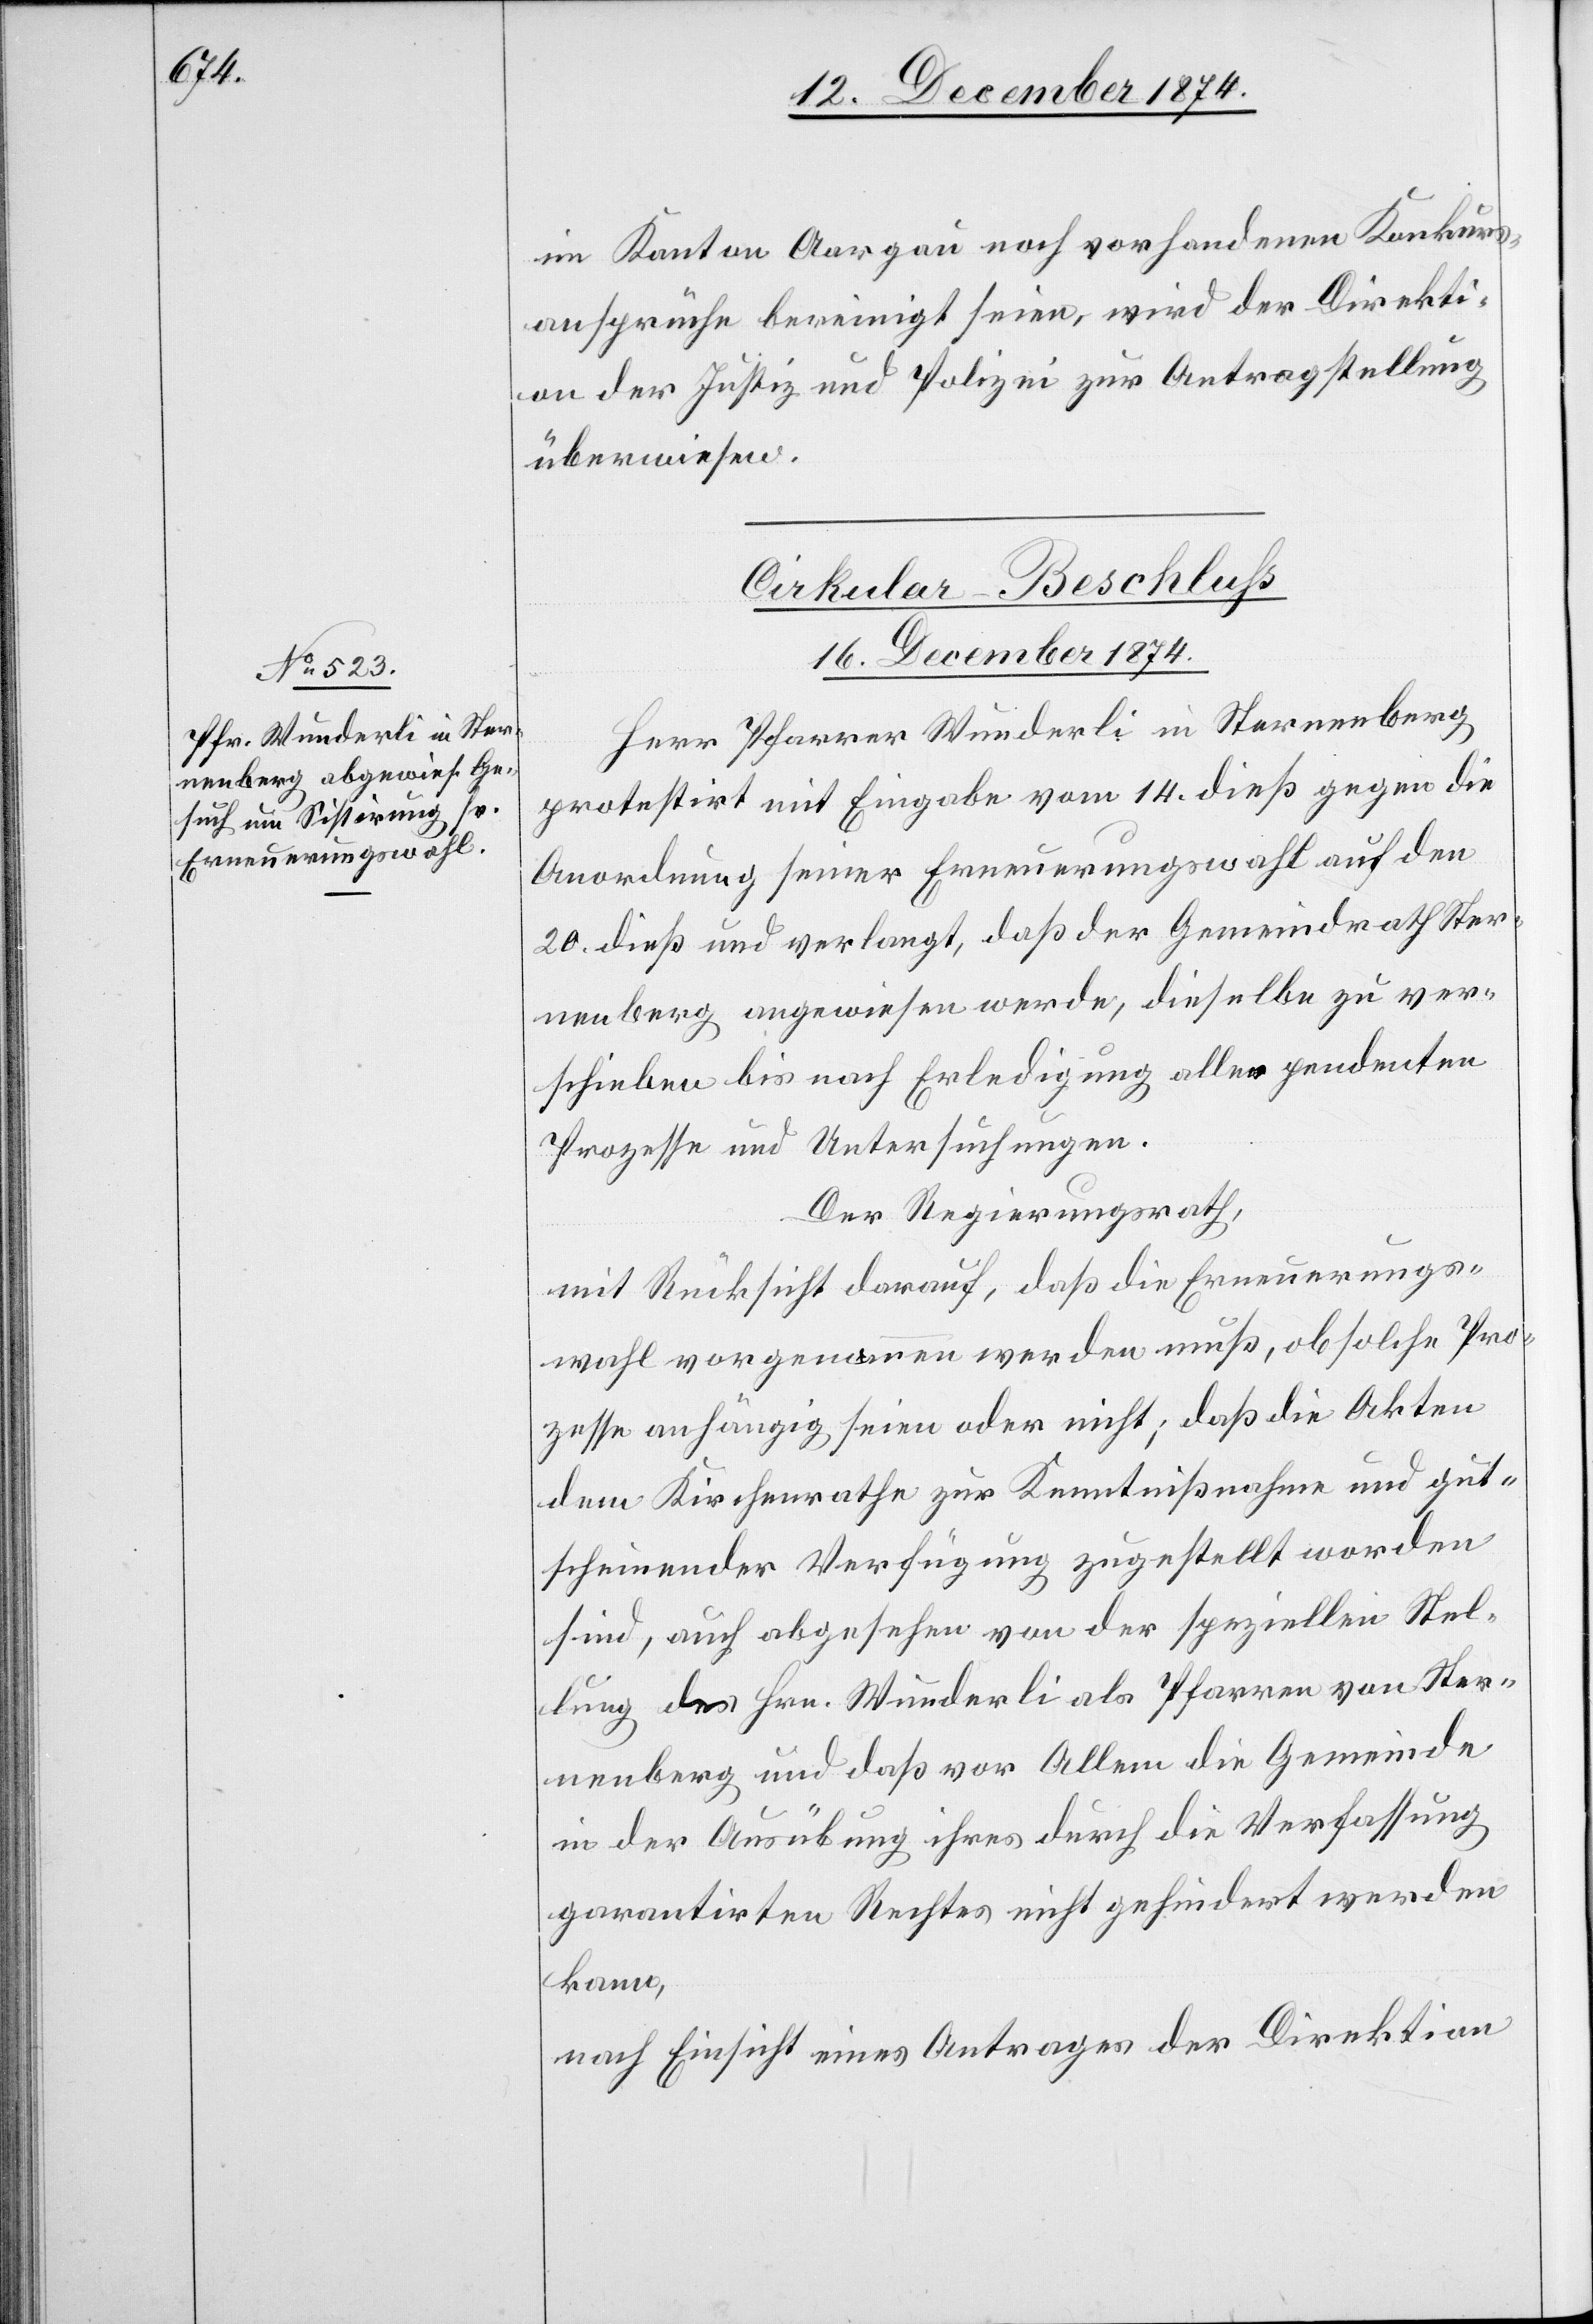
im Kanton Aargau noch vorhandenen Konkurs¬
ansprüche bereinigt seien, wird der Direkti¬
on der Justiz und Polizei zur Antragstellung
überwiesen.
Cirkular-Beschluß
16. Dezember 1874.
Herr Pfarrer Wunderli in Sternenberg
protestirt mit Eingabe vom 14. dieß gegen die
Anordnung seiner Erneuerungswahl auf den
20. dieß und verlangt, daß der Gemeindrath Ster¬
nenberg angewiesen werde, dieselbe zu ver¬
schieben bis nach Erledigung aller pendenten
Prozesse und Untersuchungen.
Der Regierungsrath,
mit Rücksicht darauf, daß die Erneuerungs¬
wahl vorgenommen werden muß, ob solche Pro¬
zesse anhängig seien oder nicht; daß die Akten
dem Kirchenrathe zur Kenntnißnahme und gut¬
scheinender Verfügung zugestellt worden
sind, auch abgesehen von der speziellen Stel¬
lung des Hrn. Wunderli als Pfarrer von Ster¬
nenberg und daß vor Allem die Gemeinde
in der Ausübung ihres durch die Verfassung
garantirten Rechtes nicht gehindert werden
kann,
nach Einsicht eines Antrages der Direktion